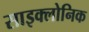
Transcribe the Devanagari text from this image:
साइक्लोनिक